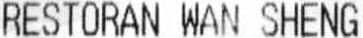
RESTORAN WAN SHENG